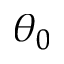
\theta _ { 0 }